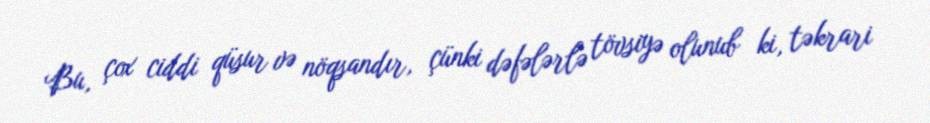
Bu, çox ciddi qüsur və nöqsandır, çünki dəfələrlə tövsiyə olunub ki, təkrari